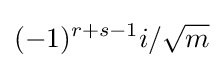
(-1)^{r+s-1}i/{\sqrt {m}}